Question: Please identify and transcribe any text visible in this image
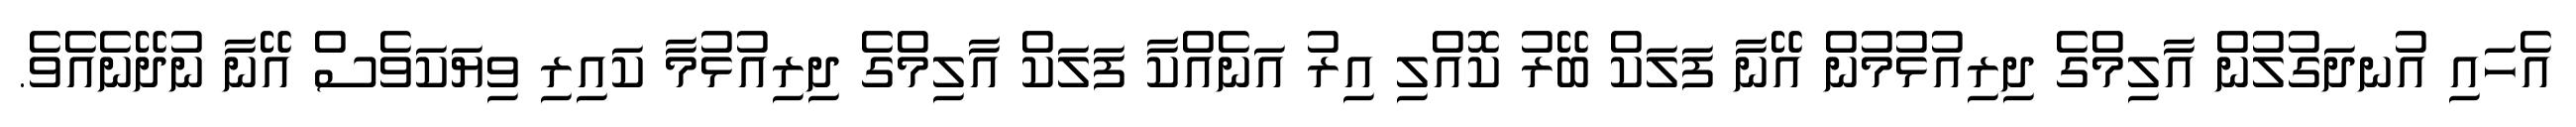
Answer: އެހައި އުނދަގުލުން އާލިމްގެ ދިރިއުޅުމުން އޭނާ ފަލަކް ބޭރު ކޮއްލި އިރު އަނެއްކާ ފަލަކް އާލިމްގެ ދިރިއުޅުމާ ކައިރި ވިޔަކަވެސް އޭނާ ނުދޭނެއެވެ.